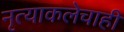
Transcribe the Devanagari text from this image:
नृत्याकलेचाही